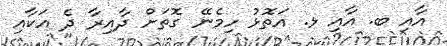
އާއި ބ. އާއި ޅ. އަތޮޅު ހިމެނޭ ގޮތަށް ދާއިރާ ދެ އަކާއި